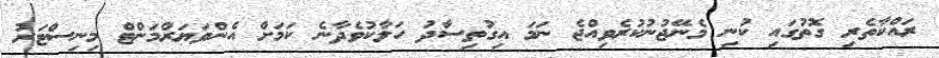
ރައްކާތެރި ގޮތުގައި ކުނި މެނޭޖުނުކުރެވިއްޖެ ނަމަ އިގުތިސާދު ހަލާކުވެދާނެ ކަމަށް އެންވަޔަރްމަންޓް މިނިސްޓަރު